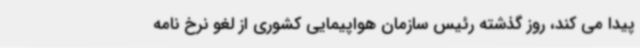
پیدا می کند، روز گذشته رئیس سازمان هواپیمایی کشوری از لغو نرخ نامه